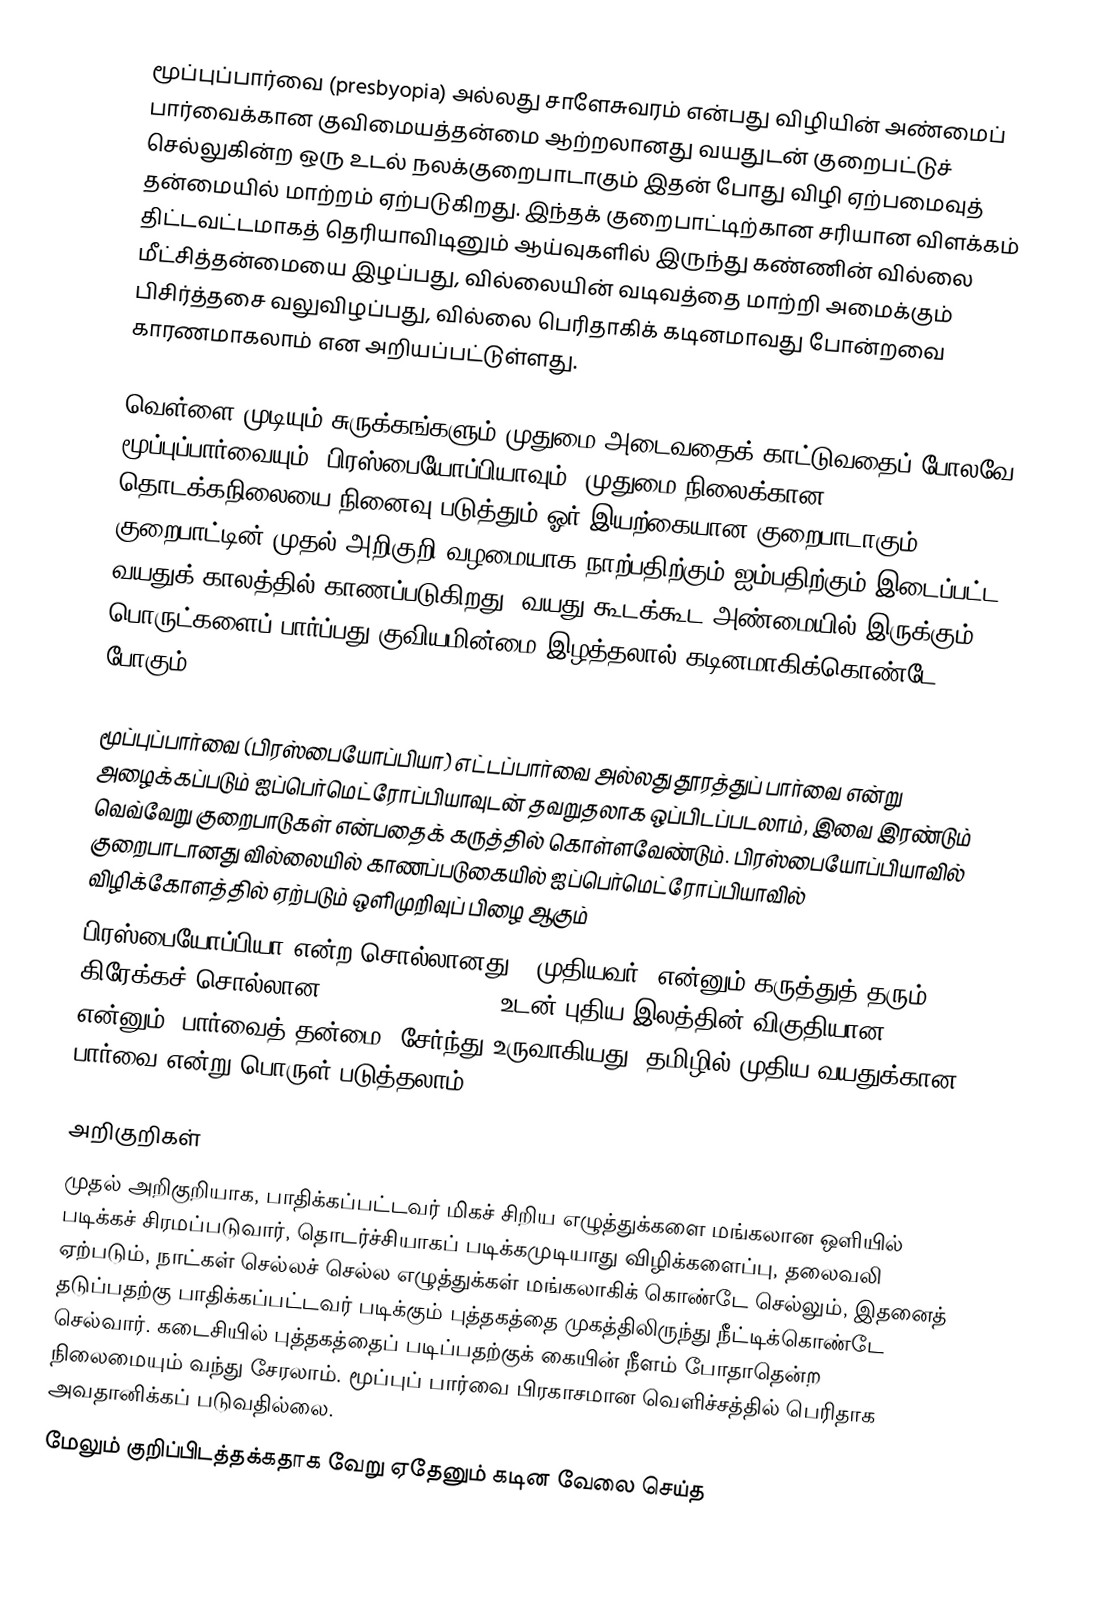
மூப்புப்பார்வை (presbyopia) அல்லது சாளேசுவரம் என்பது விழியின் அண்மைப் பார்வைக்கான குவிமையத்தன்மை ஆற்றலானது வயதுடன் குறைபட்டுச் செல்லுகின்ற ஒரு உடல் நலக்குறைபாடாகும் இதன் போது விழி ஏற்பமைவுத் தன்மையில் மாற்றம் ஏற்படுகிறது. இந்தக் குறைபாட்டிற்கான சரியான விளக்கம் திட்டவட்டமாகத் தெரியாவிடினும் ஆய்வுகளில் இருந்து கண்ணின் வில்லை மீட்சித்தன்மையை இழப்பது, வில்லையின் வடிவத்தை மாற்றி அமைக்கும் பிசிர்த்தசை வலுவிழப்பது, வில்லை பெரிதாகிக் கடினமாவது போன்றவை காரணமாகலாம் என அறியப்பட்டுள்ளது.

வெள்ளை முடியும் சுருக்கங்களும் முதுமை அடைவதைக் காட்டுவதைப் போலவே மூப்புப்பார்வையும் (பிரஸ்பையோப்பியாவும்) முதுமை நிலைக்கான தொடக்கநிலையை நினைவு படுத்தும் ஓர் இயற்கையான குறைபாடாகும். குறைபாட்டின் முதல் அறிகுறி வழமையாக நாற்பதிற்கும் ஐம்பதிற்கும் இடைப்பட்ட வயதுக் காலத்தில் காணப்படுகிறது. வயது கூடக்கூட அண்மையில் இருக்கும் பொருட்களைப் பார்ப்பது குவியமின்மை இழத்தலால் கடினமாகிக்கொண்டே போகும்.

மூப்புப்பார்வை (பிரஸ்பையோப்பியா) எட்டப்பார்வை அல்லது தூரத்துப் பார்வை என்று அழைக்கப்படும் ஐப்பெர்மெட்ரோப்பியாவுடன் தவறுதலாக ஒப்பிடப்படலாம், இவை இரண்டும் வெவ்வேறு குறைபாடுகள் என்பதைக் கருத்தில் கொள்ளவேண்டும். பிரஸ்பையோப்பியாவில் குறைபாடானது வில்லையில் காணப்படுகையில் ஐப்பெர்மெட்ரோப்பியாவில் விழிக்கோளத்தில் ஏற்படும் ஒளிமுறிவுப் பிழை ஆகும்
பிரஸ்பையோப்பியா என்ற சொல்லானது, “முதியவர்” என்னும் கருத்துத் தரும் கிரேக்கச் சொல்லான presbys (πρέσβυς) உடன் புதிய இலத்தின் விகுதியான -opia, என்னும் “பார்வைத் தன்மை” சேர்ந்து உருவாகியது. தமிழில் முதிய வயதுக்கான பார்வை என்று பொருள் படுத்தலாம்

அறிகுறிகள்
முதல் அறிகுறியாக, பாதிக்கப்பட்டவர் மிகச் சிறிய எழுத்துக்களை மங்கலான ஒளியில் படிக்கச் சிரமப்படுவார், தொடர்ச்சியாகப் படிக்கமுடியாது விழிக்களைப்பு, தலைவலி ஏற்படும், நாட்கள் செல்லச் செல்ல எழுத்துக்கள் மங்கலாகிக் கொண்டே செல்லும், இதனைத் தடுப்பதற்கு பாதிக்கப்பட்டவர் படிக்கும் புத்தகத்தை முகத்திலிருந்து நீட்டிக்கொண்டே செல்வார். கடைசியில் புத்தகத்தைப் படிப்பதற்குக் கையின் நீளம் போதாதென்ற நிலைமையும் வந்து சேரலாம். மூப்புப் பார்வை பிரகாசமான வெளிச்சத்தில் பெரிதாக அவதானிக்கப் படுவதில்லை.
மேலும் குறிப்பிடத்தக்கதாக வேறு ஏதேனும் கடின வேலை செய்த